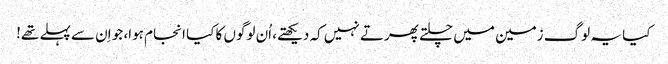
کیا یہ لوگ زمین میں چلتے پھرتے نہیں کہ دیکھتے، اُن لوگوں کا کیا انجام ہوا، جو اِن سے پہلے تھے!